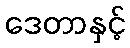
ဒေတာနှင့်